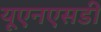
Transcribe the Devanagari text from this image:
यूएनएसडी